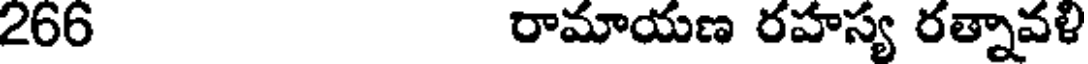
266 రామాయణ రహస్య రత్నావళి